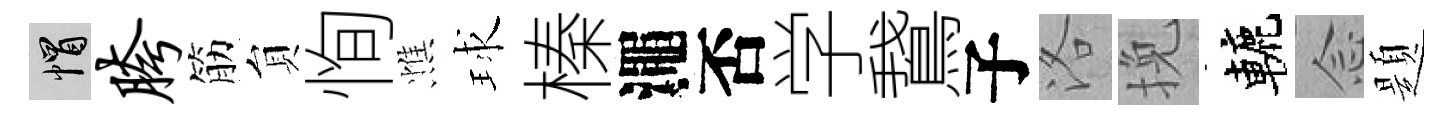
帽胯筋貟恂憔球榛澠否学鵞子洛挽轆𫝹題